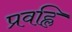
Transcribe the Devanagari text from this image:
प्रवह्लि